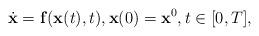
LaTeX: \begin{align*}\dot {\bf x}= {\bf f}({\bf x}(t), t), {\bf x}(0)={\bf x}^0, t\in[0, T], \end{align*}